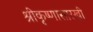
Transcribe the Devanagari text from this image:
श्रीकृष्णासारखी